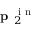
\textbf { p } _ { 2 } ^ { \mathrm { ~ i ~ n ~ } }